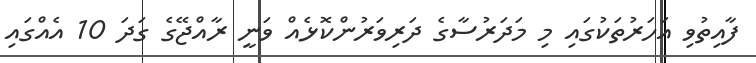
ފާއިތުވި އަހަރުތަކުގައި މި މަދަރުސާގެ ދަރިވަރުންކޮޅެއް ވަނީ ރާއްޖޭގެ ގަދަ 10 އެއްގައި